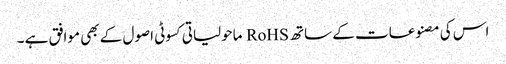
اس کی مصنوعات کے ساتھ RoHS ماحولیاتی کسوٹی اصول کے بھی موافق ہے ۔